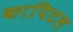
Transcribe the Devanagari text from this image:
कापिटल